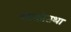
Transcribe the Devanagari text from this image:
साक्षीतथा